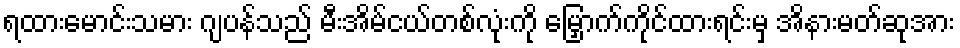
ရထားမောင်းသမား ဂျပန်သည် မီးအိမ်ငယ်တစ်လုံးကို မြှောက်ကိုင်ထားရင်းမှ အိနားမတ်ဆုအား